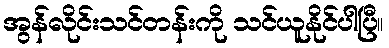
အွန်လိုင်းသင်တန်းကို သင်ယူနိုင်ပါပြီ။